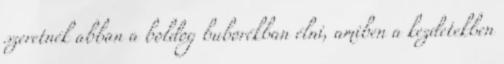
szeretnék abban a boldog buborékban élni, amiben a kezdetekben